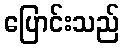
ပြောင်းသည်